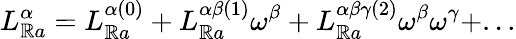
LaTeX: L_{\mathbb{R}a}^{\alpha}=L_{\mathbb{R}a}^{\alpha(0)}+L_{\mathbb{R}a}^{\alpha\beta(1)}\omega^{\beta}+L_{\mathbb{R}a}^{\alpha\beta\gamma(2)}\omega^{\beta}\omega^{\gamma}+...